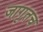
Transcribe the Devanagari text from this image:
जागृतच